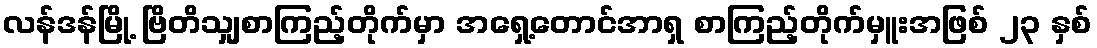
လန်ဒန်မြို့ ဗြိတိသျှစာကြည့်တိုက်မှာ အရှေ့တောင်အာရှ စာကြည့်တိုက်မှူးအဖြစ် ၂၃ နှစ်